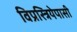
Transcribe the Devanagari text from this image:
विप्रस्त्रियेपासी